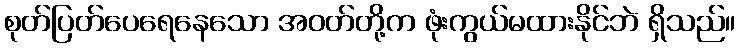
စုတ်ပြတ်ပေရေနေသော အဝတ်တို့က ဖုံးကွယ်မထားနိုင်ဘဲ ရှိသည်။